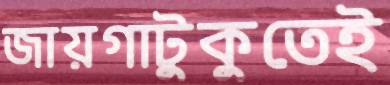
জায়গাটুকুতেই